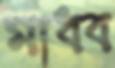
মাধব